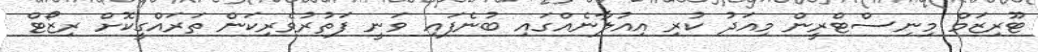
ޓޫރިޒަމް މިނިސްޓްރީން މިއަދު ކުރި އިއުލާނެއްގައި ބުނެފައި ވަނީ ފަތުރުވެރިކަން ތަރައްގީކޮށް ރިޒޯޓް